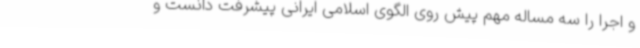
و اجرا را سه مساله مهم پیش روی الگوی اسلامی ایرانی پیشرفت دانست و